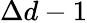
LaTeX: \Delta d-1